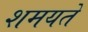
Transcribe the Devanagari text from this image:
शमयते